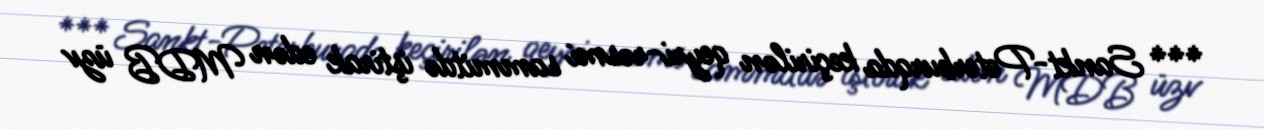
*** Sankt-Peterburqda keçirilən qeyri-rəsmi sammitdə iştirak edən MDB üzv